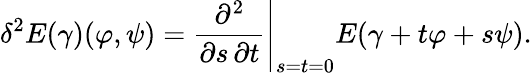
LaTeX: \delta^{2}E(\gamma)(\varphi,\psi)=\left.{\frac{\partial^{2}}{\partial s\, \partial t}}\right|_{s=t=0}E(\gamma+t\varphi+s\psi).